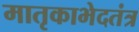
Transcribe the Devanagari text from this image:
मातृकाभेदतंत्र